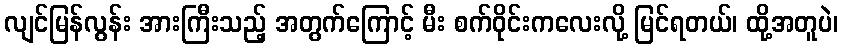
လျင်မြန်လွန်း အားကြီးသည့် အတွက်ကြောင့် မီး စက်ဝိုင်းကလေးလို့ မြင်ရတယ်၊ ထို့အတူပဲ၊